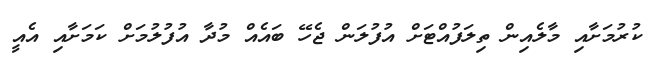
ކުރުމަށާއި މާލެއިން ތިލަފުއްޓަށް އުފުލަން ޖެހޭ ބައެއް މުދާ އުފުލުމަށް ކަމަށާއި އެއީ